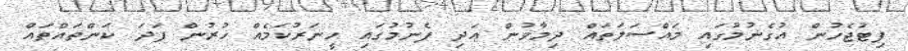
ފިޓުޖެހުން އުގެނުމުގައި މައްސަލަތައް ދިމާވުން އަދި ފެނުމުގައި ހީނަރުކަމެއް ހުރުން ފަދަ ކަންތައްތައް